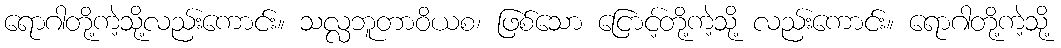
ရောဂါတို့ကဲ့သို့လည်းကောင်း။ သလ္လဘူတာဝိယစ၊ ဖြစ်သော ငြောင့်တို့ကဲ့သို့ လည်းကောင်း။ ရောဂါတို့ကဲ့သို့